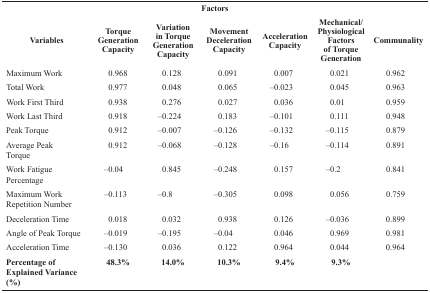
<table><thead><tr><td colspan="7"><b> Factors</b></td></tr><tr><td><b> Variables</b></td><td><b> Torque Generation Capacity</b></td><td><b> Variation in Torque Generation Capacity</b></td><td><b> Movement Deceleration Capacity</b></td><td><b> Acceleration Capacity</b></td><td><b> Mechanical/ Physiological Factors of TorqueGeneration</b></td><td><b> Communality</b></td></tr></thead><tbody><tr><td> Maximum Work</td><td>0.968</td><td>0.128</td><td>0.091</td><td>0.007</td><td>0.021</td><td>0.962</td></tr><tr><td> Total Work</td><td>0.977</td><td>0.048</td><td>0.065</td><td>–0.023</td><td>0.045</td><td>0.963</td></tr><tr><td>Work First Third</td><td>0.938</td><td>0.276</td><td>0.027</td><td>0.036</td><td>0.01</td><td>0.959</td></tr><tr><td> Work Last Third</td><td>0.918</td><td>–0.224</td><td>0.183</td><td>–0.101</td><td>0.111</td><td>0.948</td></tr><tr><td> Peak Torque</td><td>0.912</td><td>–0.007</td><td>–0.126</td><td>–0.132</td><td>–0.115</td><td>0.879</td></tr><tr><td> Average Peak Torque</td><td>0.912</td><td>–0.068</td><td>–0.128</td><td>–0.16</td><td>–0.114</td><td>0.891</td></tr><tr><td> Work Fatigue Percentage</td><td>–0.04</td><td>0.845</td><td>–0.248</td><td>0.157</td><td>–0.2</td><td>0.841</td></tr><tr><td> Maximum Work Repetition Number</td><td>–0.113</td><td>–0.8</td><td>–0.305</td><td>0.098</td><td>0.056</td><td>0.759</td></tr><tr><td> Deceleration Time</td><td>0.018</td><td>0.032</td><td>0.938</td><td>0.126</td><td>–0.036</td><td>0.899</td></tr><tr><td> Angle of Peak Torque</td><td>–0.019</td><td>–0.195</td><td>–0.04</td><td>0.046</td><td>0.969</td><td>0.981</td></tr><tr><td> Acceleration Time</td><td>–0.130</td><td>0.036</td><td>0.122</td><td>0.964</td><td>0.044</td><td>0.964</td></tr><tr><td><b>Percentage of Explained Variance (%)</b></td><td><b> 48.3% </b></td><td><b> 14.0% </b></td><td><b> 10.3% </b></td><td><b> 9.4% </b></td><td><b> 9.3% </b></td><td></td></tr></tbody></table>